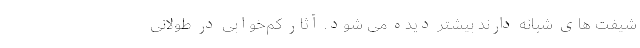
شیفت ‌های شبانه دارند بیشتر دیده می ‌شود. آثار کم‌خوابی در طولانی